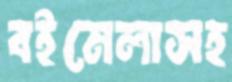
বইমেলাসহ